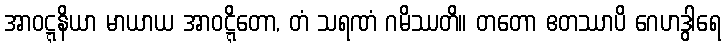
အာဝဋ္ဋနိယာ မာယာယ အာဝဋ္ဋိတော, တံ သရဏံ ဂမိဿတိ။ တတော ဧတဿာပိ ဂေဟဒွါရေ